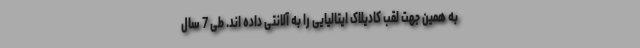
به همین جهت لقب کادیلاک ایتالیایی را به آلانتی داده اند. طی 7 سال